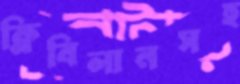
ক্লিবিলানসহ